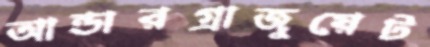
আন্ডারগ্রাজুয়েট